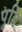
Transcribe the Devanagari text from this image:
पुडि